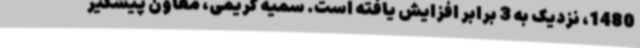
1480، نزدیک به 3 برابر افزایش یافته است. سمیه کریمی، معاون پیشگیر